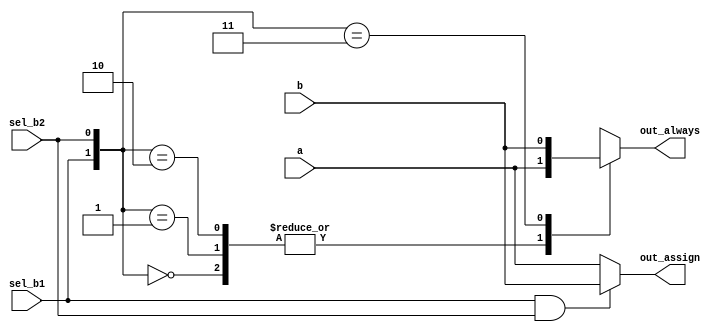
// synthesis verilog_input_version verilog_2001
module top_module(
    input a,
    input b,
    input sel_b1,
    input sel_b2,
    output wire out_assign,
    output reg out_always   ); 
    
    wire sel_;
    assign sel_ = sel_b1 & sel_b2;
    assign out_assign = (sel_ == 1'b0)?a:b;
    
    wire [1:0] sel;
    assign sel = {sel_b1, sel_b2};
    always@(*) begin
        case(sel)
            2'b00: out_always = a;
            2'b01: out_always = a;
            2'b10: out_always = a;
            2'b11: out_always = b;
            default: out_always = 1'b0;
        endcase
    end

endmodule